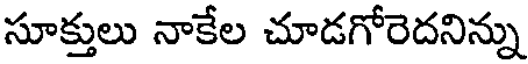
సూక్తులు నాకేల చూడగోరెదనిన్ను